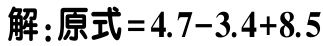
解：原式\(=4.7 - 3.4 + 8.5\)